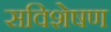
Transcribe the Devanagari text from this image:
सविशेषण